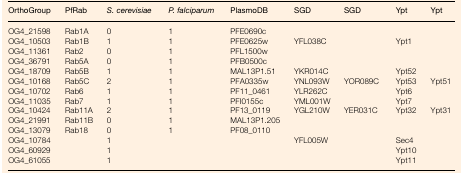
| OrthoGroup | PfRab | S. cerevisiae | P. falciparum | PlasmoDB | SGD | SGD | Ypt | Ypt |
 | --- | --- | --- | --- | --- | --- | --- | --- | --- |
 | OG4_21598 | Rab1A | 0 | 1 | PFE0690c |  |  |  |  |
 | OG4_10503 | Rab1B | 1 | 1 | PFE0625w | YFL038C |  | Ypt1 |  |
 | OG4_11361 | Rab2 | 0 | 1 | PFL1500w |  |  |  |  |
 | OG4_36791 | Rab5A | 0 | 1 | PFB0500c |  |  |  |  |
 | OG4_18709 | Rab5B | 1 | 1 | MAL13P1.51 | YKR014C |  | Ypt52 |  |
 | OG4_10168 | Rab5C | 2 | 1 | PFA0335w | YNL093W | YOR089C | Ypt53 | Ypt51 |
 | OG4_10702 | Rab6 | 1 | 1 | PF11_0461 | YLR262C |  | Ypt6 |  |
 | OG4_11035 | Rab7 | 1 | 1 | PFI0155c | YML001W |  | Ypt7 |  |
 | OG4_10424 | Rab11A | 2 | 1 | PF13_0119 | YGL210W | YER031C | Ypt32 | Ypt31 |
 | OG4_21991 | Rab11B | 0 | 1 | MAL13P1.205 |  |  |  |  |
 | OG4_13079 | Rab18 | 0 | 1 | PF08_0110 |  |  |  |  |
 | OG4_10784 |  | 1 |  |  | YFL005W |  | Sec4 |  |
 | OG4_60929 |  | 1 |  |  |  |  | Ypt10 |  |
 | OG4_61055 |  | 1 |  |  |  |  | Ypt11 |  |